Punjab Mental Hospital Lahore 1922-31 - 1922-1931
Year: 1922
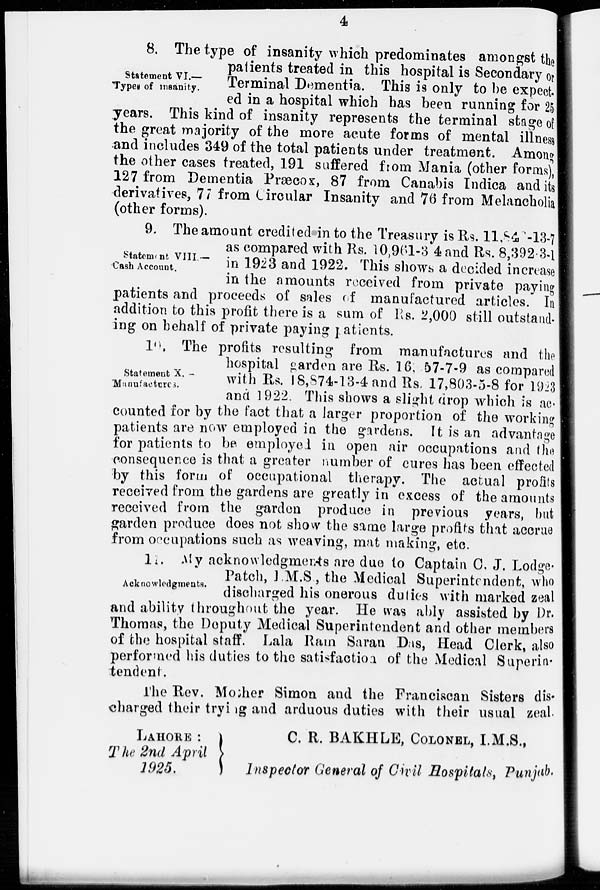
4.
Statement VI.—
Types of insanity.
8. The type of insanity which predominates amongst the
patients treated in this hospital is Secondary or
Terminal Dementia. This is only to be expect-
ed in a hospital which has been running for 25
years. This kind of insanity represents the terminal stage of
the great majority of the more acute forms of mental illness
and includes 349 of the total patients under treatment. Among
the other cases treated, 191 suffered from Mania (other forms),
127 from Dementia Præcox, 87 from Canabis Indica and its
derivatives, 77 from Circular Insanity and 76 from Melancholia
(other forms).
Statement VIII.—
Cash Account.
9. The amount credited in to the Treasury is Rs. 11,842-13-7
as compared with Rs. 10,961-3 4 and Rs. 8,392 3-1
in 1923 and 1922. This shows a decided increase
in the amounts received from private paying
patients and proceeds of sales of manufactured articles. In
addition to this profit there is a sum of Rs. 2,000 still outstand-
ing on behalf of private paying patients.
Statement X. ––
Manufactures.
10 . The profits resulting from manufactures and the
hospital garden are Rs. 16, 57-7-9 as compared
with Rs. 18,874-13-4 and Rs. 17,803-5-8 for 1923
and 1922. This shows a slight drop which is ac-
counted for by the fact that a larger proportion of the working
patients are now employed in the gardens. It is an advantage
for patients to be employed in open air occupations and the
consequence is that a greater number of cures has been effected
by this form of occupational therapy. The actual profits
received from the gardens are greatly in excess of the amounts
received from the garden produce in previous years, but
garden produce does not show the same large profits that accrue
from occupations such as weaving, mat making, etc.
Acknowledgments.
11. My acknowledgments are due to Captain C. J. Lodge-
Patch, I.M.S., the Medical Superintendent, who
discharged his onerous duties with marked zeal
and ability throughout the year. He was ably assisted by Dr.
Thomas, the Deputy Medical Superintendent and other members
of the hospital staff. Lala Ram Saran Das, Head Clerk, also
performed his duties to the satisfaction of the Medical Superin-
tendent.
The Rev. Mother Simon and the Franciscan Sisters dis-
charged their trying and arduous duties with their usual zeal.
LAHORE: C. R. BAKHLE , COLONEL , I.M.S.,
The 2nd April
1925.
Inspector General of Civil Hospitals, Punjab.